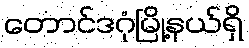
တောင်ဒဂုံမြို့နယ်ရှိ